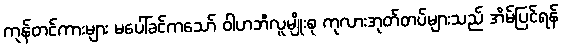
ကုန်တင်ကားများ မပေါ်ခင်ကသော် ဝါဟဘီလူမျိုးစု ကုလားအုတ်တပ်များသည် အိမ်ပြင်ရန်